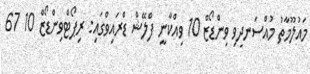
މައުލޫމާތު މުއްސަނދިވި ވިންޑޯޒް 10 ވިއްކާނީ ފްލޭޝް ޑްރައިވްގައި: ރިޕޯޓްވިންޑޯޒް 10 67